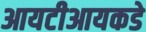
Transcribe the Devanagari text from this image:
आयटीआयकडे